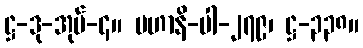
ဋ္ဌ-ဒု-အုပ်-၄။ မဟာနိ-ပါ-၂၇၉၊ ဋ္ဌ-၃၃၈။